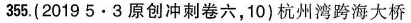
355.(20195·3 原创冲刺卷六，10) 杭州湾跨海大桥